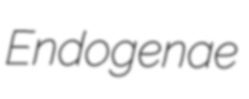
Endogenae